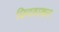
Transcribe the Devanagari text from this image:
छिदवाकर